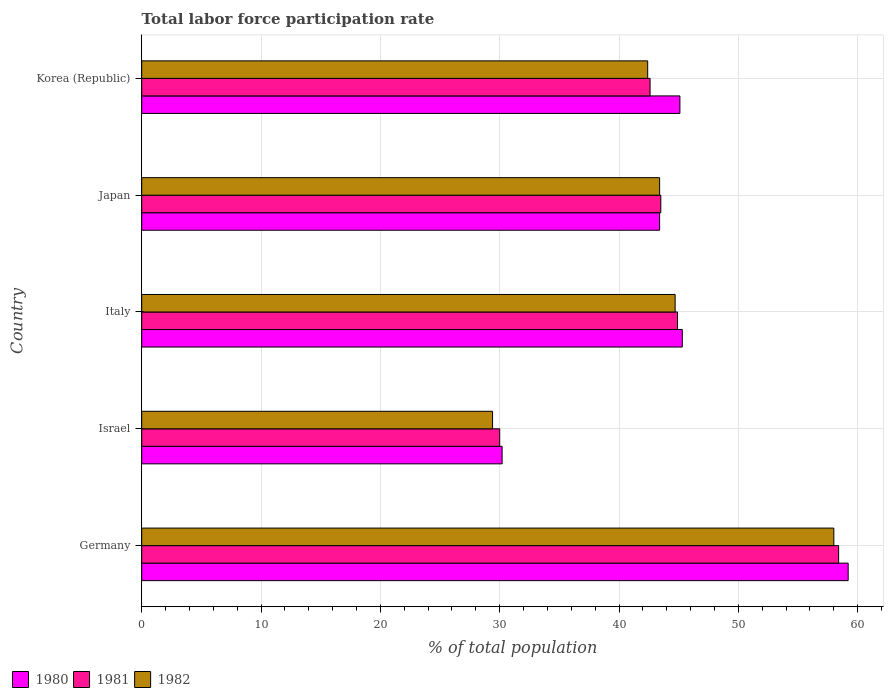
| Country | 1980 | 1981 | 1982 |
 | --- | --- | --- | --- |
 | Germany | 59.2 | 58.4 | 58 |
 | Israel | 30.2 | 30 | 29.4 |
 | Italy | 45.3 | 44.9 | 44.7 |
 | Japan | 43.4 | 43.5 | 43.4 |
 | Korea (Republic) | 45.1 | 42.6 | 42.4 |